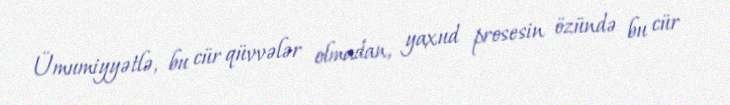
Ümumiyyətlə, bu cür qüvvələr olmadan, yaxud prosesin özündə bu cür